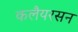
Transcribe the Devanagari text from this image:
कलैयरसन